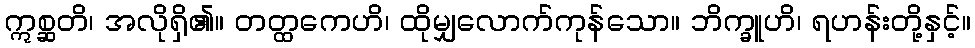
ဣစ္ဆတိ၊ အလိုရှိ၏။ တတ္ထကေဟိ၊ ထိုမျှလောက်ကုန်သော။ ဘိက္ခူဟိ၊ ရဟန်းတို့နှင့်။